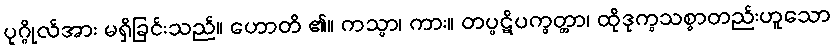
ပုဂ္ဂိုလ်အား မရှိခြင်းသည်။ ဟောတိ ၏။ ကသ္မာ၊ ကား။ တပ္ပဋိပက္ခတ္တာ၊ ထိုဒုက္ခသစ္စာတည်းဟူသော